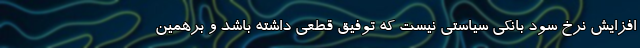
افزایش نرخ سود بانکی سیاستی نیست که توفیق قطعی داشته باشد و برهمین